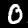
Digit: 0